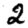
Digit: 2